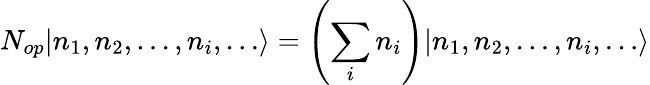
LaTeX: N_{op}|n_{1},n_{2},\dots,n_{i},\dots\rangle=\left(\sum_{i}n_{i}\right)|n_{1},n_{2},\dots,n_{i},\dots\rangle